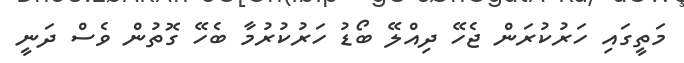
މަތީގައި ހަރުކުރަން ޖެހޭ ދިއްލޭ ބޯޑު ހަރުކުރުމާ ބެހޭ ގޮތުން ވެސް ދަނީ